Indian journal of veterinary science and animal husbandry - Volumes 22-23, 1952-1953
Year: 1952
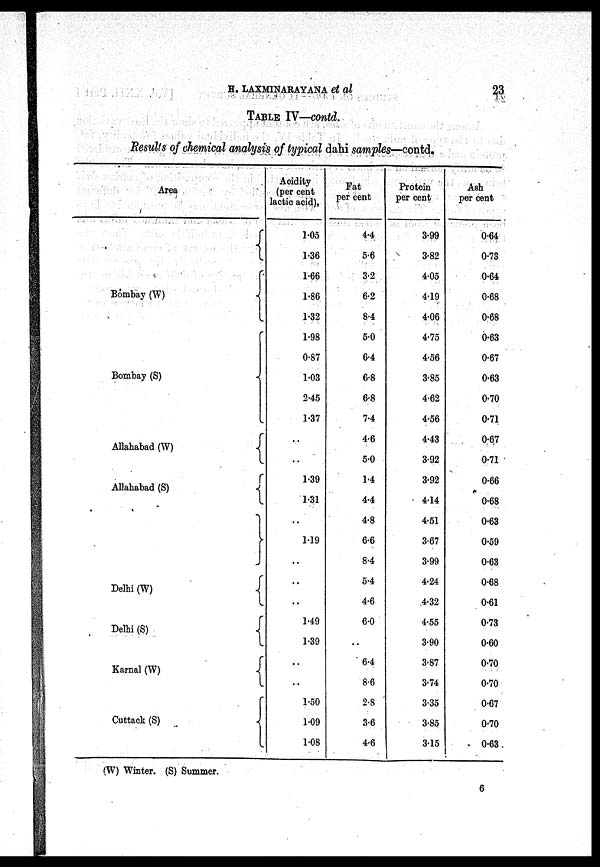
H. LAXMINARAYANA et
al
23
TABLE IV—contd.
Results of chemical analysis of typical dahi samples—contd.
Area
Bombay (W)
Bombay (S)
Allahabad (W)
Allahabad (S)
Delhi (W)
Delhi (S)
Karnal (W)
Cuttack (S)
Acidity
(per cent
lactic acid),
1.05
1.36
1.66
1.86
1.32
1.98
0.87
1.03
2.45
1.37
..
..
1.39
1.31
..
1.19
..
. .
1.49
1.39
..
..
1.50
1.09
1.08
Fat
per cent
44
5.6
3.2
6.2
84
5.0
64
6.8
6.8
74
4.6
5.0
14
44
4.8
6.6
84
54
4.6
6.0
..
6.4
8.6
2.8
3.6
4.6
Protein
per cent
3.99
3.82
4.05
4.19
4.06
4.75
4.56
3.85
4.62
4.56
443
3.92
3.92
4.14
4.51
3.67
3.99
4.24
4.32
4.55
3.90
3.87
3.74
3.35
3.85
3.15
Ash
per cent
0.64
0.73
0.64
0.68
0.68
0.63
0.67
0.63
0.70
0.71
0.67
0.71
0.66
0.68
0.63
0.59
0.63
0.68
0.61
0.73
0.60
0.70
0.70
0.67
0.70
0.63
(W) Winter. (S) Summer.
6